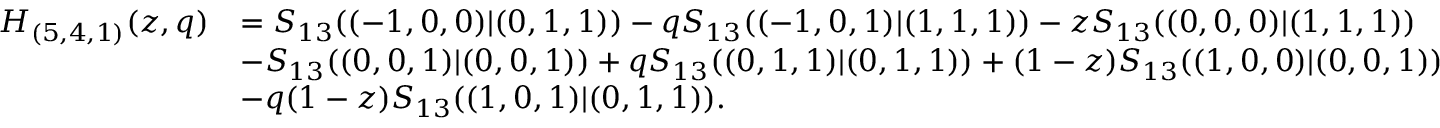
\begin{array} { r l } { H _ { ( 5 , 4 , 1 ) } ( z , q ) } & { = S _ { 1 3 } ( ( - 1 , 0 , 0 ) | ( 0 , 1 , 1 ) ) - q S _ { 1 3 } ( ( - 1 , 0 , 1 ) | ( 1 , 1 , 1 ) ) - z S _ { 1 3 } ( ( 0 , 0 , 0 ) | ( 1 , 1 , 1 ) ) } \\ & { - S _ { 1 3 } ( ( 0 , 0 , 1 ) | ( 0 , 0 , 1 ) ) + q S _ { 1 3 } ( ( 0 , 1 , 1 ) | ( 0 , 1 , 1 ) ) + ( 1 - z ) S _ { 1 3 } ( ( 1 , 0 , 0 ) | ( 0 , 0 , 1 ) ) } \\ & { - q ( 1 - z ) S _ { 1 3 } ( ( 1 , 0 , 1 ) | ( 0 , 1 , 1 ) ) . } \end{array}